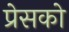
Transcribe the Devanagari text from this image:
प्रेसको